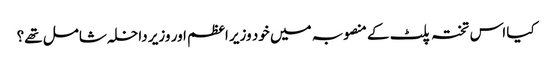
کیا اس تختہ پلٹ کے منصوبہ میں خود وزیر اعظم اور وزیر داخلہ شامل تھے؟